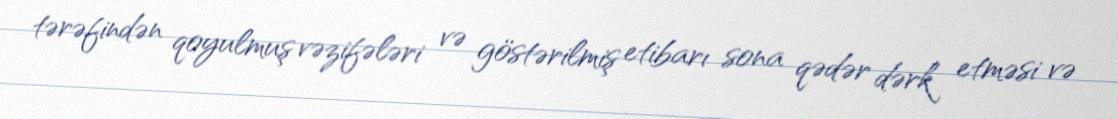
tərəfindən qoyulmuş vəzifələri və göstərilmiş etibarı sona qədər dərk etməsi və